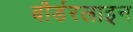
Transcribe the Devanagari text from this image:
बौर्डरलाइन